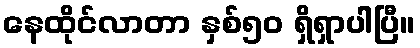
နေထိုင်လာတာ နှစ်၅၀ ရှိရှာပါပြီ။